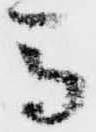
馬